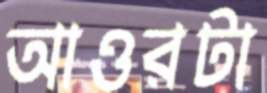
আওরটা